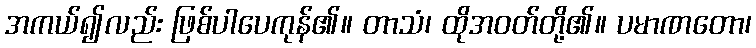
အကယ်၍လည်း ဖြစ်ပါပေကုန်၏။ တာသံ၊ ထိုအဝတ်တို့၏။ ပမာဏတော၊